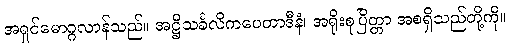
အရှင်မောဂ္ဂလာန်သည်။ အဋ္ဌိသင်္ခလိကပေတာဒီနံ၊ အရိုးစုပြိတ္တာ အစရှိသည်တို့ကို။